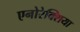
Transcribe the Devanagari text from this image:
एनोरेक्शिया